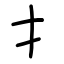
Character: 扌